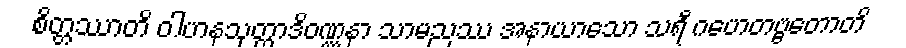
စိတ္တဿာတိ ဝါဟနသုတ္တာဒိဝဏ္ဏနာ သာမညဿ အနာယာသော သရီ ဂဟေတဗ္ဗတောတိ